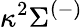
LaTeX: \kappa^{2}\Sigma^{(-)}